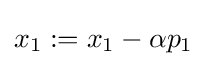
x_{1}:=x_{1}-\alpha p_{1}